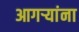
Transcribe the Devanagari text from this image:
आगर्‍यांना